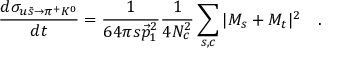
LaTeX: \frac { d \sigma _ { u \bar { s } \to \pi ^ { + } K ^ { 0 } } } { d t } = \frac { 1 } { 6 4 \pi s \vec { p } _ { 1 } ^ { 2 } } \frac { 1 } { 4 N _ { c } ^ { 2 } } \sum _ { s , c } | { \cal M } _ { s } + { \cal M } _ { t } | ^ { 2 } \quad .